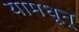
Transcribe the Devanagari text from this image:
यामधून्